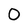
Character: 0